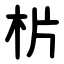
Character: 㭊